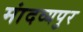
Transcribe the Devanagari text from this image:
मांदव्यपुर